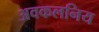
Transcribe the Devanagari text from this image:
अवकलनिय